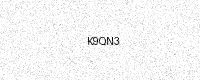
Text: K9QN3